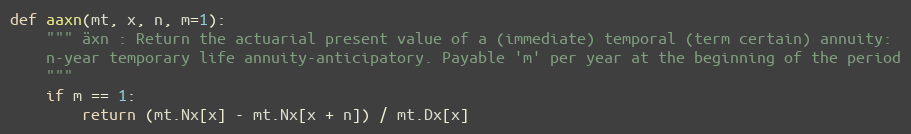
Language: Python
def aaxn(mt, x, n, m=1):
    """ äxn : Return the actuarial present value of a (immediate) temporal (term certain) annuity:
    n-year temporary life annuity-anticipatory. Payable 'm' per year at the beginning of the period
    """
    if m == 1:
        return (mt.Nx[x] - mt.Nx[x + n]) / mt.Dx[x]